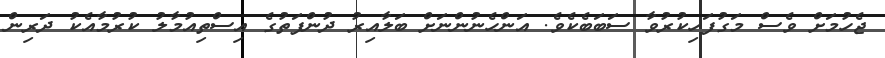
ޖެހުމަށް ވެސް މަގުފަހިކުރުވާ ސަބަބެކެވެ. އަންހެނުންނަށް ބަލާއިރު ދުންފަތުގެ އިސްތިއުމާލު ކުރުމާއެކު ދަރިން